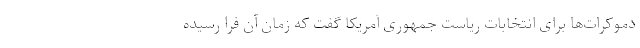
دموکرات‌ها برای انتخابات ریاست جمهوری آمریکا گفت که زمان آن فرا رسیده